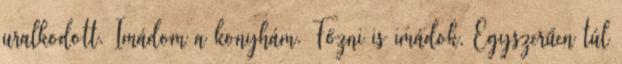
uralkodott. Imádom a konyhám. Főzni is imádok. Egyszerűen túl